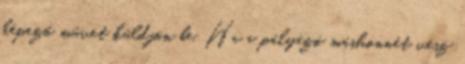
képező művet küldjön be. Ha a pályázó máshonnét vesz